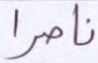
ناصرا